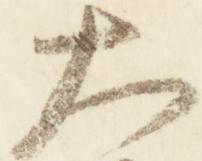
太